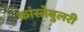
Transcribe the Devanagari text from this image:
कांस्तेबुलरी